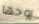
روحها